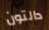
دالتون